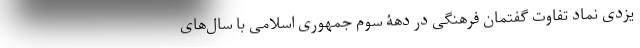
یزدی نماد تفاوت گفتمان فرهنگی در دهۀ سوم جمهوری اسلامی با سال‌های